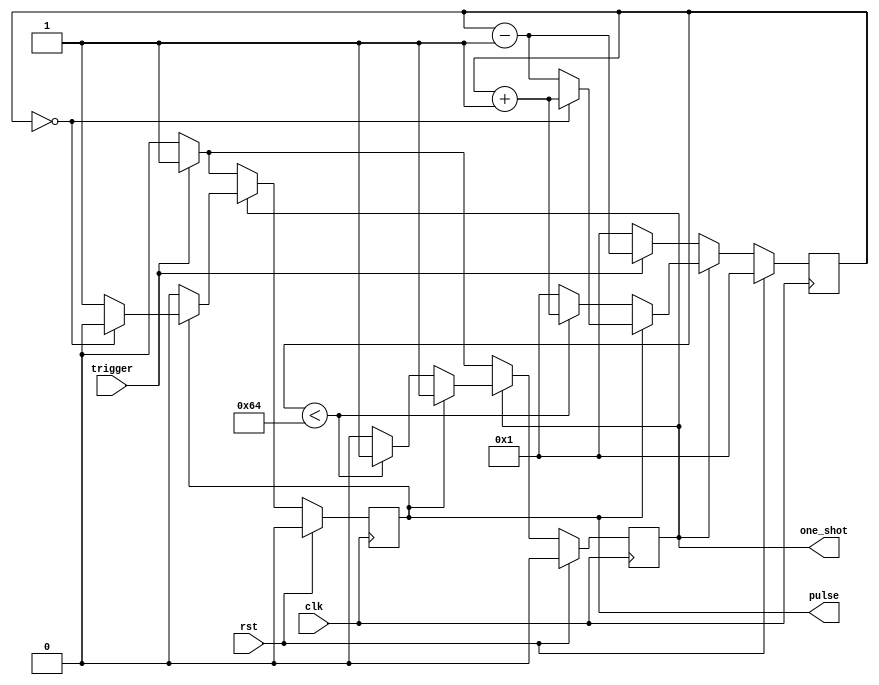
`default_nettype none

//based on http://www.eewiki.net/display/LOGIC/Debounce+Logic+Circuit+%28with+Verilog+example%29

module one_shot(clk, rst, trigger, pulse, one_shot);
input wire clk, rst, trigger;
output reg pulse = 0;
output reg one_shot = 0; //high if we are actively one-shotting

parameter PULSE_WIDTH = 1; //cycles pulse should stay high.
parameter DEAD_TIME   = 100; //cycles to wait between pulses
parameter COUNTER_WIDTH = 32;
reg[COUNTER_WIDTH-1:0] counter = 0;

always @(posedge clk) begin
	if(rst) begin
		pulse <= 0;
		counter <= PULSE_WIDTH;
		one_shot <= 0;
	end
	else begin
		if(one_shot) begin //in a one shot
			if(pulse) begin  //still having an output pulse
				if(counter == 0) begin
					pulse <= 0;
					counter <= counter + 1;
				end
				else begin
					counter <= counter - 1;
					pulse <= 1;
				end
			end
			else begin  // waiting for the next input
				pulse <= 0;
				if (counter < DEAD_TIME) begin
					counter <= counter + 1;
				end
				else begin
					counter <= PULSE_WIDTH;
					one_shot <= 0;
				end
			end
		end
		else begin //in idle state
			counter <= PULSE_WIDTH;
			if(trigger) begin
				pulse <= 1;
				one_shot <= 1;
				counter <= counter -1;
			end
			else begin
				pulse <= 0;
				one_shot <= 0;
			end
		end
	end
end
endmodule

`default_nettype wire